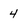
Character: 4